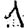
Digit: 1